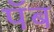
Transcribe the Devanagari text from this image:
पॅब